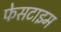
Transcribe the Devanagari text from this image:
फेसटाइम